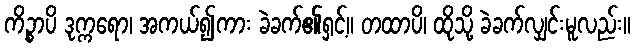
ကိဉ္စာပိ ဒုက္ကရော၊ အကယ်၍ကား ခဲခက်၏ရှင့်။ တထာပိ၊ ထိုသို့ ခဲခက်လျှင်းမူလည်း။